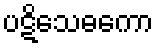
ပဋိသေဓကော